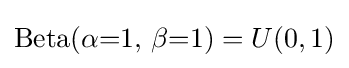
\operatorname {Beta} (\alpha {=}1,\,\beta {=}1)=U(0,1)